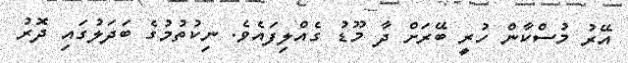
އޭރު މުސްކާން ހުރީ ބޭރަށް ދާ މޫޑު ގެއްލިފައެވެ. ނިކުތުމުގެ ބަދަލުގައި ދޮރު